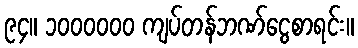
၉၄။ ၁၀၀၀၀၀၀ ကျပ်တန်ဘဏ်ငွေစာရင်း။